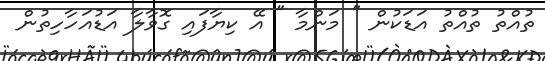
ތުއްތު ތުއްތު އަޑަކުން " މަންމާ " އޭ ކިޔާފައި ގޮވާލާ އަޑުއަހާހިތުން